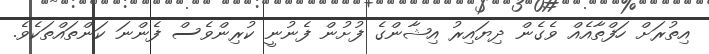
އިތުރަށް ހަފްތާއެއް ވެގެން ދިޔައިރު އިޝާންގެ ފުށުން ފެނުނީ ކުރިންވެސް ފެންނަ ކަންތައްތަކެވެ.